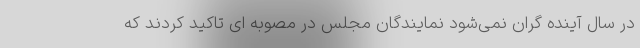
در سال آینده گران نمی‌شود نمایندگان مجلس در مصوبه ای تاکید کردند که